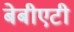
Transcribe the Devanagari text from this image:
बेबीएटी